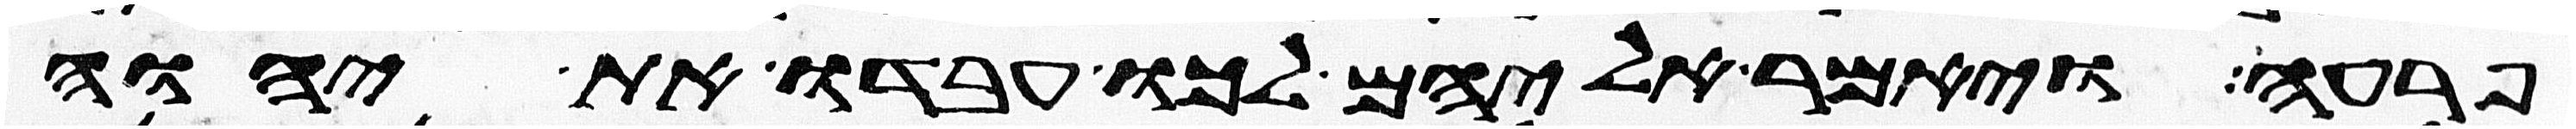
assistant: פרעה ויאמר אליהם לכו עבדו את יהוה